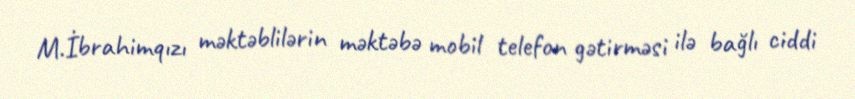
M.İbrahimqızı məktəblilərin məktəbə mobil telefon gətirməsi ilə bağlı ciddi